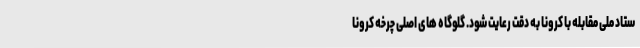
ستاد ملی مقابله با کرونا به دقت رعایت شود. گلوگاه های اصلی چرخه کرونا